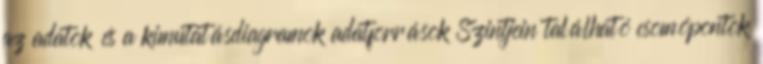
az adatok és a kimutatásdiagramok adatforrások Szintjein található csomópontok